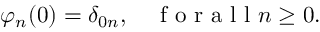
\begin{array} { r } { \varphi _ { n } ( 0 ) = \delta _ { 0 n } , \quad \mathrm { ~ f ~ o ~ r ~ a ~ l ~ l ~ } n \geq 0 . } \end{array}